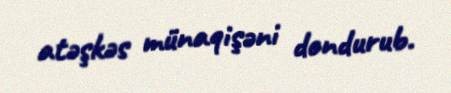
atəşkəs münaqişəni dondurub.